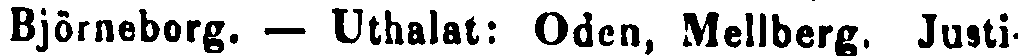
Björneborg. — Uthalat: Oden, Mellberg. Justi-